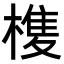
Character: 𭫺